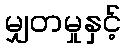
မျှတမှုနှင့်